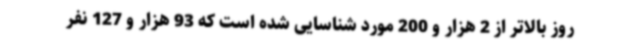
روز بالاتر از 2 هزار و 200 مورد شناسایی شده است که 93 هزار و 127 نفر